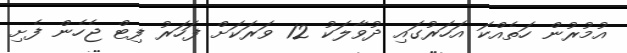
އުމުރުން ހަތެއްކަ އަހަރުގައި ދުވާލަކު 12 ވަރަކަށް ފަހަރު ފިޓް ޖެހެން ފެށި